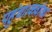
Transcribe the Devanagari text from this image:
पहुंचा।कर्वाका